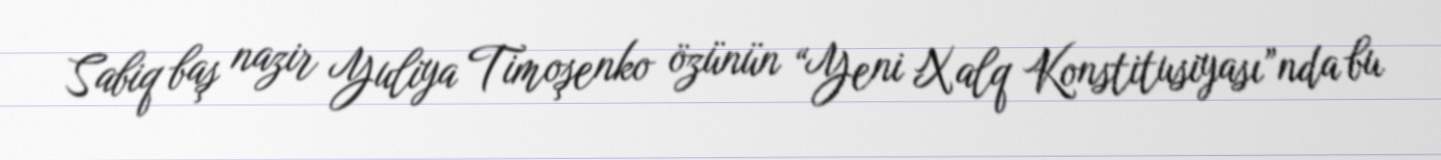
Sabiq baş nazir Yuliya Timoşenko özünün “Yeni Xalq Konstitusiyası”nda bu